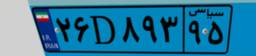
۷۳D۸۸۶۴۰